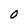
Character: O